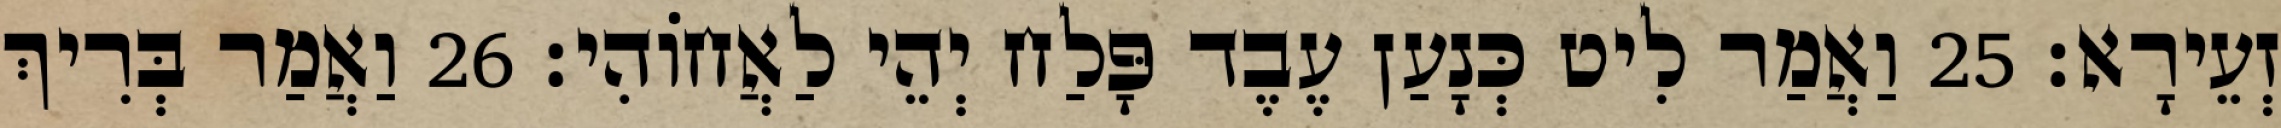
זְעֵירָא׃ 25 וַאֲמַר לִיט כְּנָעַן עֶבֶד פָּלַח יְהֵי לַאֲחוֹהִי׃ 26 וַאֲמַר בְּרִיךְ